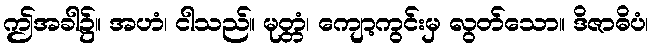
ဤအခါ၌။ အဟံ၊ ငါသည်။ မုတ္တံ၊ ကျော့ကွင်းမှ လွတ်သော။ ဒိဇာဓိပံ၊